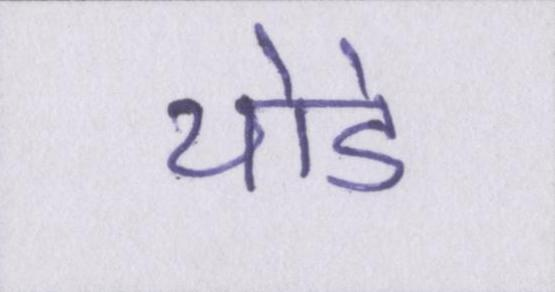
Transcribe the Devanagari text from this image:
थोडे